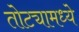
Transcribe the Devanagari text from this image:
तोट्यामध्ये